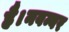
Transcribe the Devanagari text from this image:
है।नवम्बर